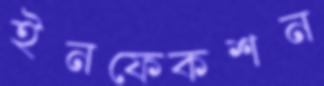
ইনফেকশন